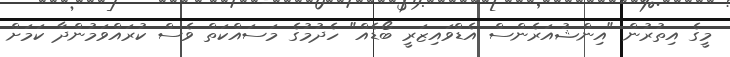
މީގެ އިތުރުން "އިންޝުއަރެންސް އެޑްވައިޒަރީ ބޯޑެއް" ހެދުމުގެ މަސައްކަތް ވެސް ކުރައްވަމުންދާ ކަމަށް